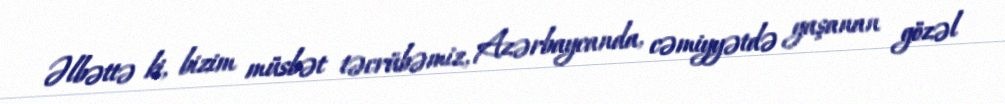
Əlbəttə ki, bizim müsbət təcrübəmiz, Azərbaycanda, cəmiyyətdə yaşanan gözəl